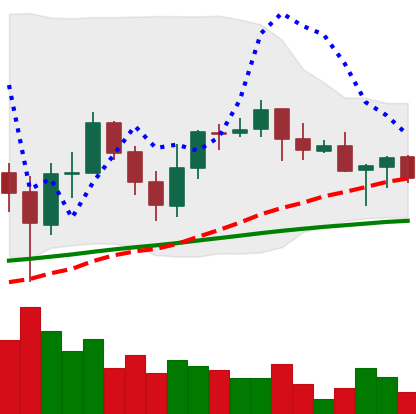
Ticker: ADA-USD
Chart end date: 2021-06-10
Forward return: 4.302%
Label: up_3_5